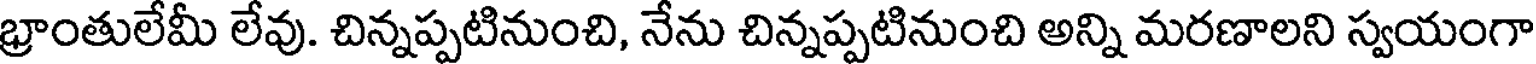
భ్రాంతులేమీ లేవు. చిన్నప్పటినుంచి, నేను చిన్నప్పటినుంచి అన్ని మరణాలని స్వయంగా